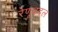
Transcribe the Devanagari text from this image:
रेणूबदल